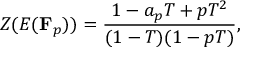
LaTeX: Z ( E ( \mathbf { F } _ { p } ) ) = { \frac { 1 - a _ { p } T + p T ^ { 2 } } { ( 1 - T ) ( 1 - p T ) } } ,